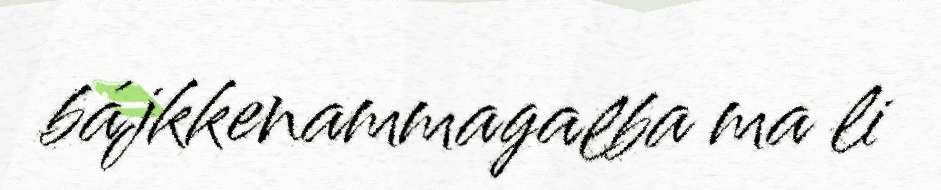
bájkkenammagalba ma li